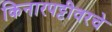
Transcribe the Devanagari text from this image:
किनारपट्टीवरचे